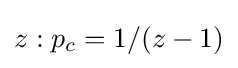
z:p_{c}=1/(z-1)